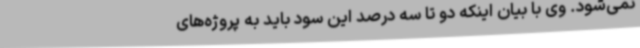
نمی‌شود. وی با بیان اینکه دو تا سه درصد این سود باید به پروژه‌های